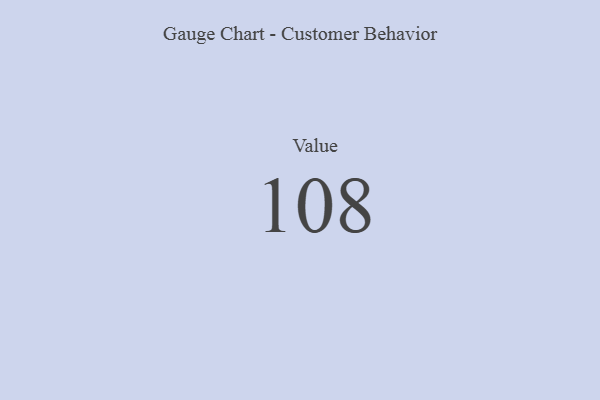
{"axis": {"x": "Metric", "y": "Value"}, "legend": [""], "data": [{"x": "Value", "y": 108, "type": ""}]}